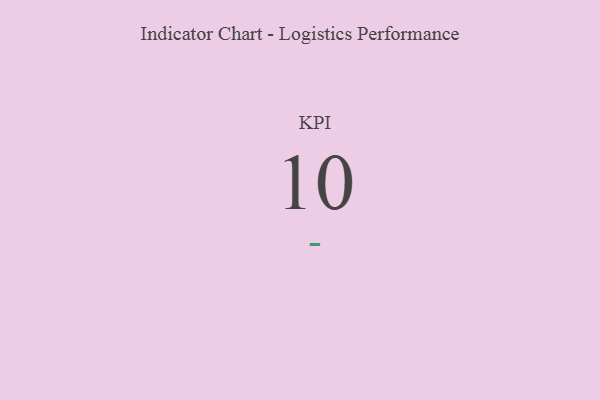
{"axis": {"x": "KPI", "y": "Value"}, "legend": [""], "data": [{"x": "KPI", "y": 10, "type": ""}]}